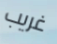
غريب